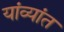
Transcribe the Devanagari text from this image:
यांव्यांत